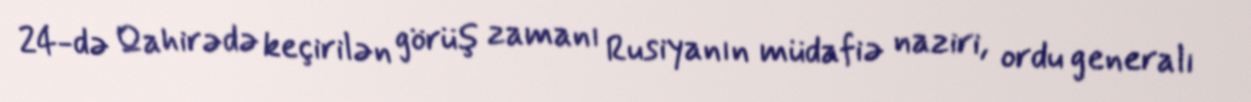
24-də Qahirədə keçirilən görüş zamanı Rusiyanın müdafiə naziri, ordu generalı